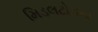
મિડલટોનના